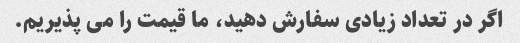
اگر در تعداد زیادی سفارش دهید، ما قیمت را می پذیریم.